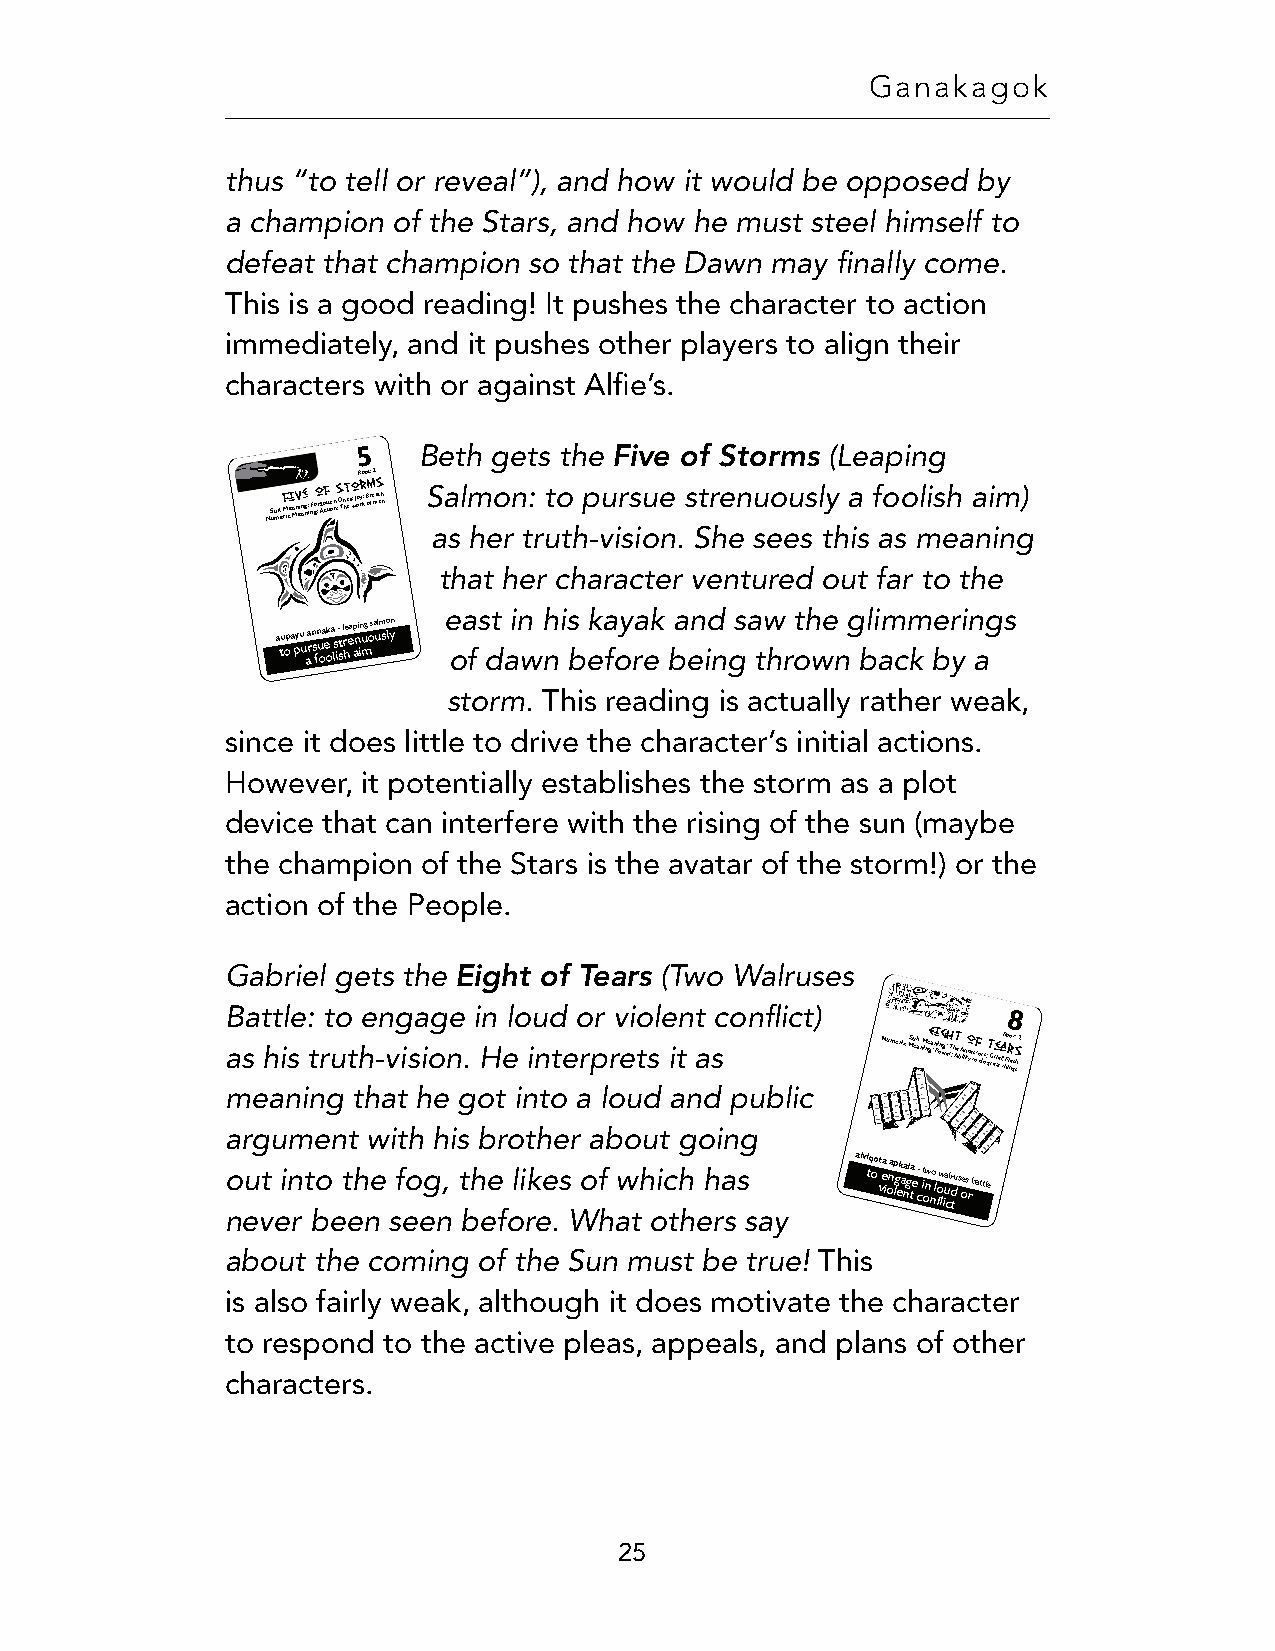
Ganakagok
 thus “to tell or reveal”), and how it would be opposed by
 a champion of the Stars, and how he must steel himself to
 defeat that champion so that the Dawn may finally come.
 This is a good reading! It pushes the character to action
 immediately, and it pushes other players to align their
 characters with or against Alfie’s.
 5   Beth gets the Five of Storms (Leaping
 Root: 2
 NS uu mit e M rF icei a Mnv ein ae g n: i nF goo :r g Ao cf t tt ioe n n ;S O Tn ht e es o w; J oo ryr k; B om r f e mas t eh n Salmon: to pursue strenuously a foolish aim)
 as her truth-vision. She sees this as meaning
 that her character ventured out far to the
 east in his kayak and saw the glimmerings
 a tu opa pyu u aa rn s fn u oa ek oa ls i- st l r he ea p ani in u mg osa ulm so lyn of dawn before being thrown back by a
 storm. This reading is actually rather weak,
 since it does little to drive the character’s initial actions.
 However, it potentially establishes the storm as a plot
 device that can interfere with the rising of the sun (maybe
 the champion of the Stars is the avatar of the storm!) or the
 action of the People.
 Eight of Tears
 Gabriel gets the             (Two Walruses
 Battle: to engage in loud or violent conflict)
 8
 as his truth-vision. He interprets it as   Numeric MSu ei at n M inE e ga : i n Pi ong wg:h e T r;ht Ae b A iln io tc ye ts of t o d r os ;T g G ree r aie ta f t;R hFo r il no e gt ss: sh 2
 meaning that he got into a loud and public
 argument with his brother about going
 out into the fog, the likes of which has  aiv tiq oo vt ea io na lp g ek a na gl ta e c- it onw
 n
 o l
 f
 ow liua cl dr tu s oes
 r
 battle
 never been seen before. What others say
 about the coming of the Sun must be true! This
 is also fairly weak, although it does motivate the character
 to respond to the active pleas, appeals, and plans of other
 characters.
 25